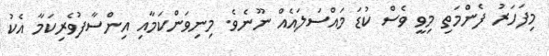
މިފަހަރު ފެންމަތި މިވީ ވެސް ކުޑަ މައްސަލައެއް ނޫނެވެ. މިނިވަންކަމާއި އިންސާފުވެރިކަމާ އެކު